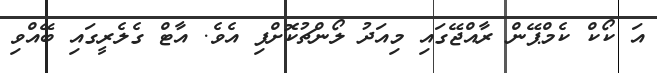
އަ ކޯކް ކެމްޕޭން ރާއްޖޭގައި މިއަދު ލޯންޗުކޮށްފި އެވެ. އާޓް ގެލެރީގައި ބޭއްވި